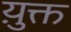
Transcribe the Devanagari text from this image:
य़ुक्त